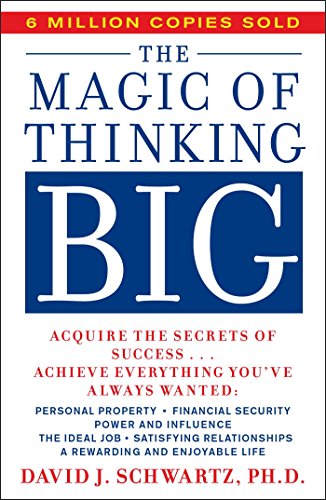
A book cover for The Magic of Thinking Big; David J. Schwartz; Parenting & Relationships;